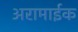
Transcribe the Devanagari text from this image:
अरामाईक